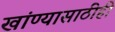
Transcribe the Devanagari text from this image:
खांण्यासाठीही